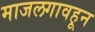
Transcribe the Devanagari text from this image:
माजलगावहून